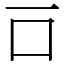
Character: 𠮛